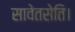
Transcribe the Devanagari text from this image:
सावेतसेति।